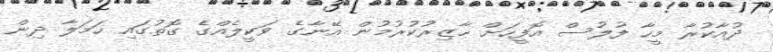
ދުއާކުރާ މީހާ ފުލުސް އޮފީހަށް ހާޒިރުކުރުމުން އޭނާގެ ވަކީލެއްގެ ގޮތުގައި ހަމަލާ ދިން